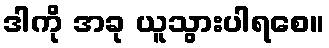
ဒါကို အခု ယူသွားပါရစေ။